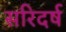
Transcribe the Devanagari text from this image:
सरिदर्ष